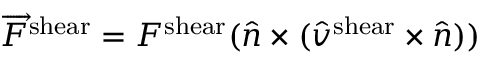
\overrightarrow { F } ^ { \mathrm { s h e a r } } = F ^ { \mathrm { s h e a r } } ( \hat { n } \times ( \hat { v } ^ { \mathrm { s h e a r } } \times \hat { n } ) )